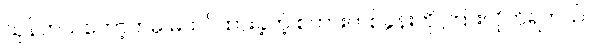
သုန်ဘယ်တော့ကမှ မထင်ထားခဲ့တဲ့ စကားတစ်ခွန်းကို ကြားလိုက်ရတယ်။